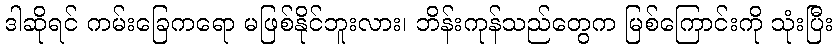
ဒါဆိုရင် ကမ်းခြေကရော မဖြစ်နိုင်ဘူးလား၊ ဘိန်းကုန်သည်တွေက မြစ်ကြောင်းကို သုံးပြီး